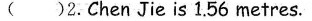
( )2.Chen Jie is 1.56 metres.